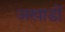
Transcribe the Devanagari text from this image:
अखाडों